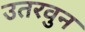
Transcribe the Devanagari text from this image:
उतरवुन